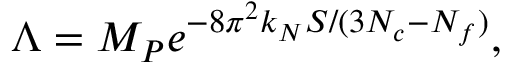
\Lambda = M _ { P } e ^ { - 8 \pi ^ { 2 } k _ { N } S / ( 3 N _ { c } - N _ { f } ) } ,